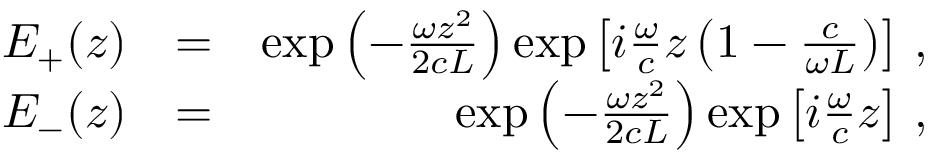
\begin{array} { r l r } { E _ { + } ( z ) } & { = } & { \exp \left( - \frac { \omega z ^ { 2 } } { 2 c L } \right) \exp \left[ i \frac { \omega } { c } z \left( 1 - \frac { c } { \omega L } \right) \right] \, , } \\ { E _ { - } ( z ) } & { = } & { \exp \left( - \frac { \omega z ^ { 2 } } { 2 c L } \right) \exp \left[ i \frac { \omega } { c } z \right] \, , } \end{array}